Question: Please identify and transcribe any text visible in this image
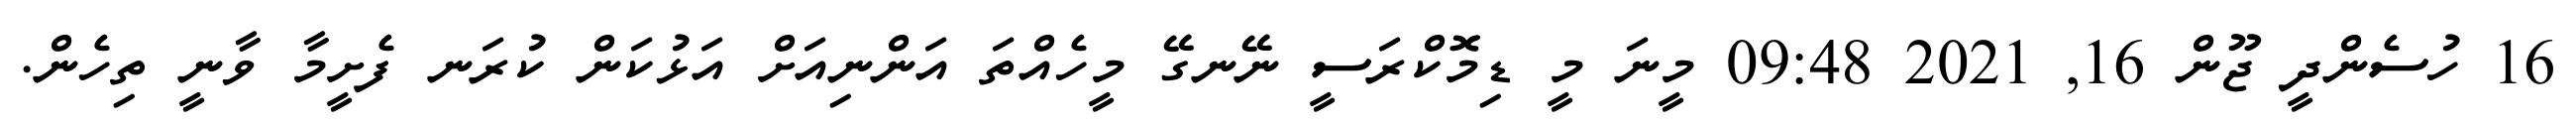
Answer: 16 ހުސެންދީ ޖޫން 16, 2021 09:48 މީނަ މީ ޑިމޮކްރަސީ ނޭނގޭ މީހެއްތަ އަންނިއަށް އަޅުކަން ކުރަނ ފެށީމާ ވާނީ ތިހެން.